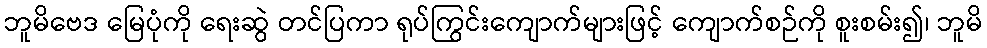
ဘူမိဗေဒ မြေပုံကို ရေးဆွဲ တင်ပြကာ ရုပ်ကြွင်းကျောက်များဖြင့် ကျောက်စဉ်ကို စူးစမ်း၍၊ ဘူမိ